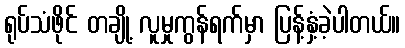
ရုပ်သံဖိုင် တချို့ လူမှုကွန်ရက်မှာ ပြန့်နှံ့ခဲ့ပါတယ်။